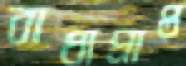
বাধাপ্রাপ্ত